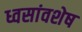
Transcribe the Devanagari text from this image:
ध्वसांवशेष